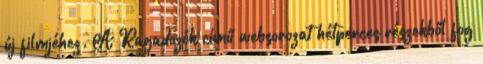
új filmjéhez. A Ragadozók című websorozat hétperces részekből fog